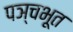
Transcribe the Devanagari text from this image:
पञ्चभूत